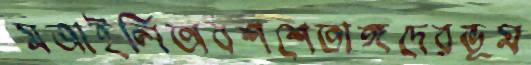
মজাইলিঅবশশেতাঙ্গদেরভূম